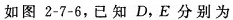
如图2-7-6，已知D，E分别为